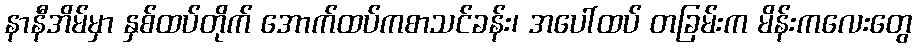
နာနီအိမ်မှာ နှစ်ထပ်တိုက် အောက်ထပ်ကစာသင်ခန်း၊ အပေါ်ထပ် တခြမ်းက မိန်းကလေးတွေ